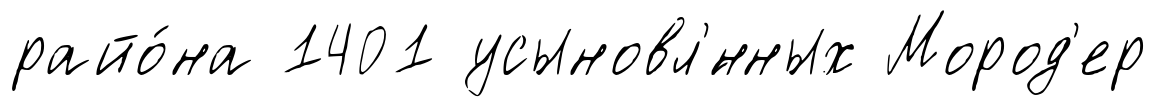
райо́на 1401 усыновл'́нных Мород'ер